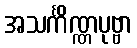
အသင်္ကိဏ္ဏပုဗ္ဗာ